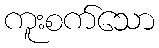
ကူးစက်သော